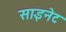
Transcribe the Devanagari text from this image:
साइनेट